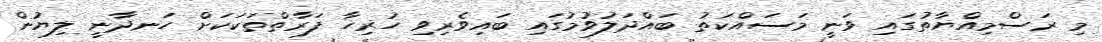
މި ރަސްމިއްޔާތުގައި ވަނީ މަސައްކަތު ބައްދަލުވުމުގައި ބައިވެރިވި ހުރިހާ ފަރާތްތަކަކަށް ހަނދާނީ ލިޔުން